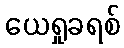
ယေရှုခရစ်